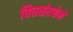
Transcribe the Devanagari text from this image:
वित्तसंस्थेने